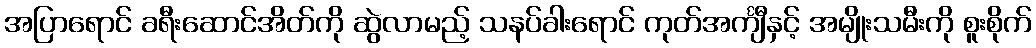
အပြာရောင် ခရီးဆောင်အိတ်ကို ဆွဲလာမည့် သနပ်ခါးရောင် ကုတ်အင်္ကျီနှင့် အမျိုးသမီးကို စူးစိုက်